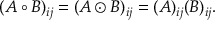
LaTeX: ( A \circ B ) _ { i j } = ( A \odot B ) _ { i j } = ( A ) _ { i j } ( B ) _ { i j } .